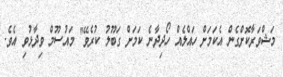
މަޝްވަރާކޮށްގެން އެކަމަށް ހައްލެއް ހޯދިދާނެ ކަމަށް ގަބޫލު ކުރެވޭ" މައުސޫމް ވިދާޅުވި އެވެ.